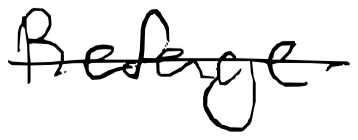
Text: Refuge
Cross-out: single-line
Writing tool: digital_black